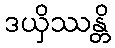
ဒယှိဿန္တိ